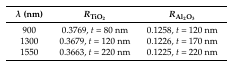
| λ (nm) | RTiO2 | RAl2O3 |
 | --- | --- | --- |
 | 900 | 0.3769, t = 80 nm | 0.1258, t = 120 nm |
 | 1300 | 0.3679, t = 120 nm | 0.1226, t = 170 nm |
 | 1550 | 0.3663, t = 220 nm | 0.1225, t = 220 nm |